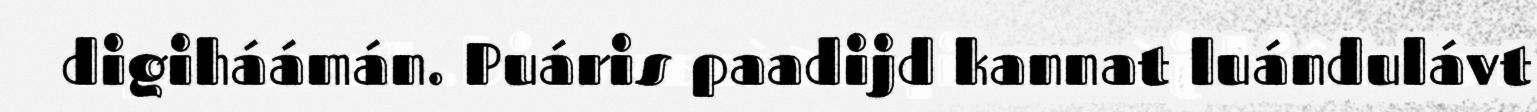
digiháámán. Puáris paadijd kannat luándulávt